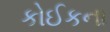
કોઈકના